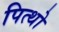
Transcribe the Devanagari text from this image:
पित्थो